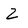
Character: 2